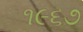
૧૯૬૭